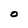
Character: O